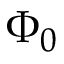
\Phi _ { 0 }